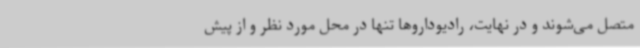
متصل می‌شوند و در نهایت، رادیوداروها تنها در محل مورد نظر و از پیش